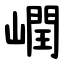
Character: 㠈